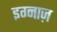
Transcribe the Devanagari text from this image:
इग्नाज़